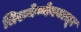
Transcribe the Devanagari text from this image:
तिरुवेण्णेयनल्लूर